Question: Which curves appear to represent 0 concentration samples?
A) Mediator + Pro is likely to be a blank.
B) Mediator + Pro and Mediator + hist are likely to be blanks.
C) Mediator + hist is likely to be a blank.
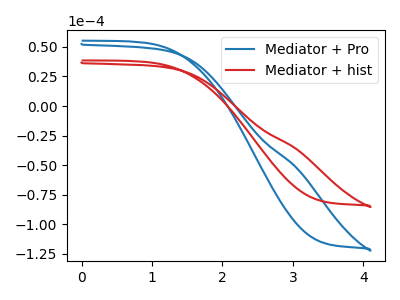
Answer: <think>The blue curve "Mediator + Pro" has no peaks. The red curve "Mediator + hist" has no peaks.</think>
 <answer>B) "Mediator + Pro" and "Mediator + hist" are likely to be blanks.</answer>
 <eval>B</eval>